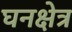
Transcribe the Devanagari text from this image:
घनक्षेत्र